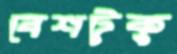
বেশটুকু